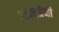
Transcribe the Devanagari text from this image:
आत्मप्रेमी